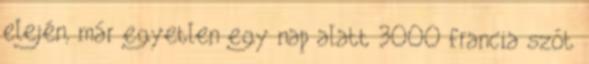
elején, már egyetlen egy nap alatt 3000 francia szót